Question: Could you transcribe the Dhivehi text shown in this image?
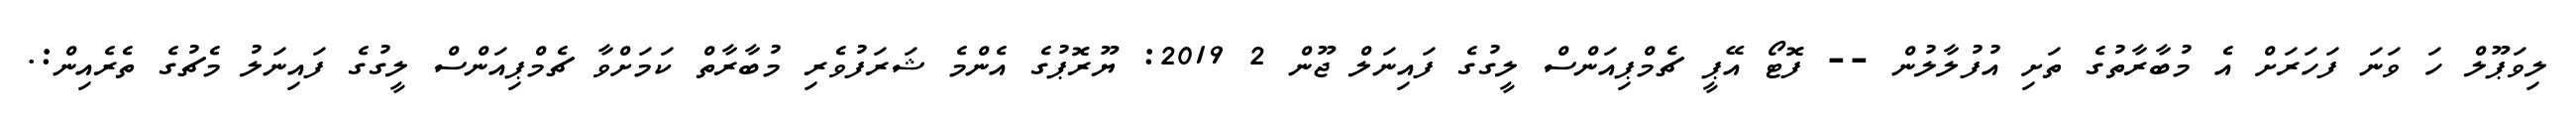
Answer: ލިވަޕޫލް ހަ ވަނަ ފަހަރަށް އެ މުބާރާތުގެ ތަށި އުފުލާލުން -- ފޮޓޯ އޭޕީ ޗެމްޕިއަންސް ލީގުގެ ފައިނަލް ޖޫން 2 2019: ޔޫރޮޕުގެ އެންމެ ޝަރަފުވެރި މުބާރާތް ކަމަށްވާ ޗެމްޕިއަންސް ލީގުގެ ފައިނަލު މެޗުގެ ތެރެއިން:.